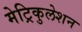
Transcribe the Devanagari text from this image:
मेट्रिकुलेशन